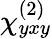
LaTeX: \chi_{yxy}^{(2)}